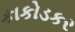
કાકોડકર